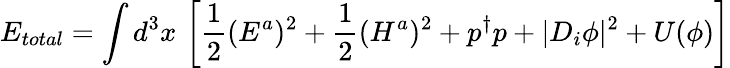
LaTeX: E_{total}=\int d^{3}x\, \left[\frac{1}{2}(E^{a})^{2}+\frac{1}{2}(H^{a})^{2}+p^{\dagger}p+|D_{i}\phi|^{2}+U(\phi)\right]